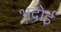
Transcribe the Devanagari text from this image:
भदोई